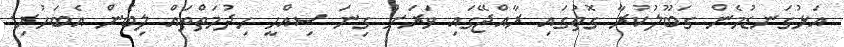
އަޅުގަނޑުމެން ގަބޫލުކުރާ ގޮތުގައި ރާއްޖޭގައި ވަރަށް ގިނަ ސިއްހީ ހިދުމަތްތައް ލިބެން އެބަހުރި.